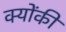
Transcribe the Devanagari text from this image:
क्‍योंकी